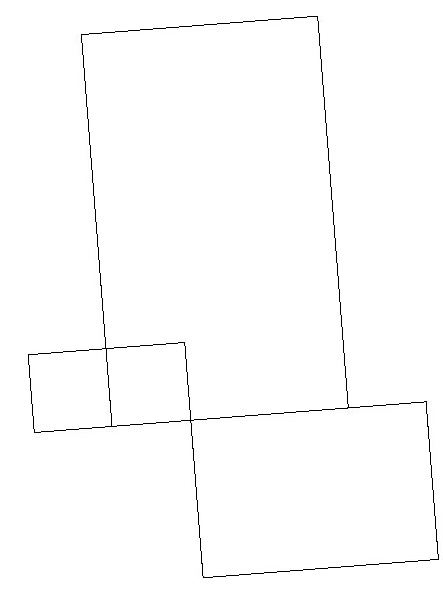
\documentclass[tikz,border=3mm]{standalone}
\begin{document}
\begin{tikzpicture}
\draw (1,18) rectangle (4,13);
\draw (2,14) rectangle (0,13);
\draw (5,11) rectangle (2,13);
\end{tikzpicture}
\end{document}